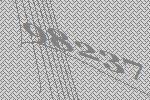
98237